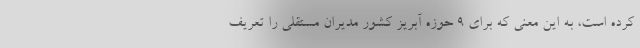
کرده است، به این معنی که برای 9 حوزه آبریز کشور مدیران مستقلی را تعریف